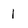
Character: l